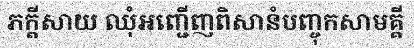
ភក្តីសាយ ឈុំអញ្ជើញពិសានំបញ្ចុកសាមគ្គី